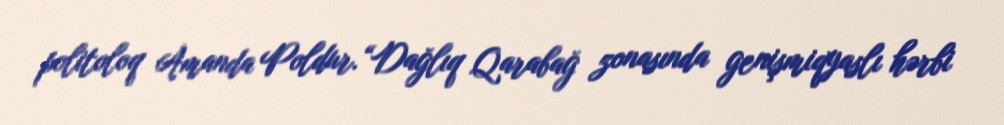
politoloq Amanda Poldur.“Dağlıq Qarabağ zonasında genişmiqyaslı hərbi